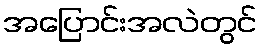
အပြောင်းအလဲတွင်